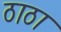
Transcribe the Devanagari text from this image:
ठाठा